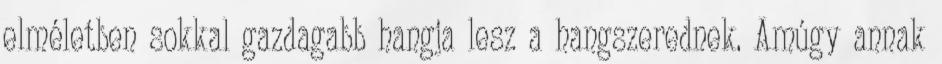
elméletben sokkal gazdagabb hangja lesz a hangszerednek. Amúgy annak